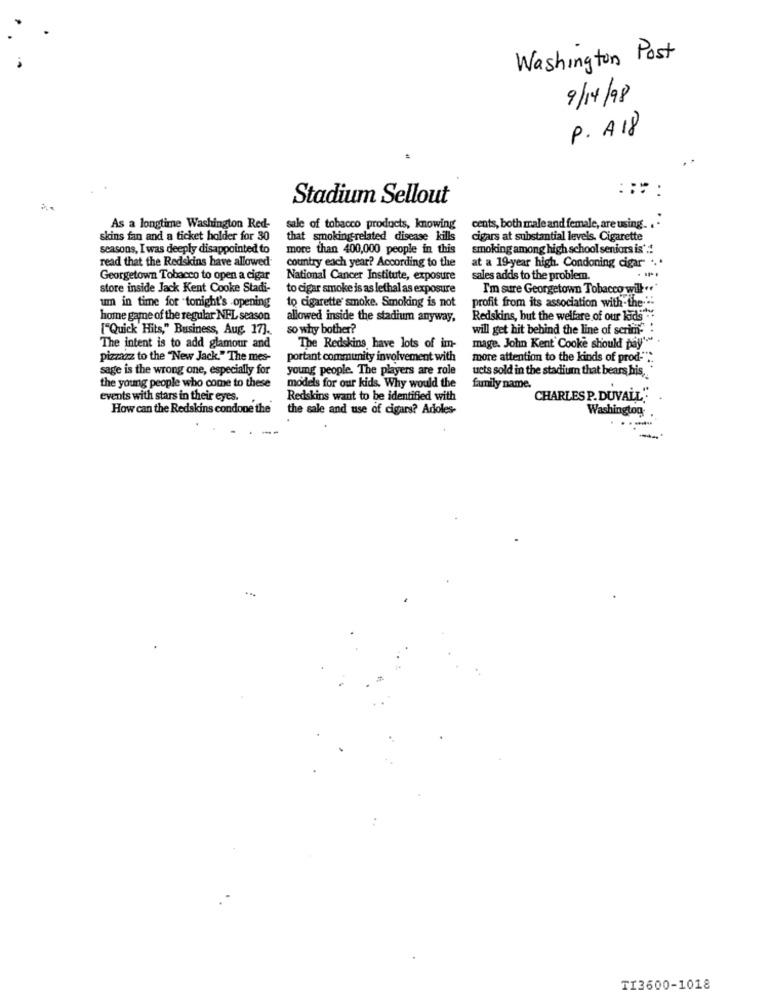
Washington Post
9/14/98
P. A18
Stadium Sellout
As a longtime Washington Red-
sale of tobacco products, knowing
cents, both male and female, are using. . .
skins fan and a ticket holder for 30
that smoking-related disease kills
cigars at substantial levels. Cigarette
seasons, I was deeply disappointed to
more than 400,000 people in this
smoking among high school seniors is':
read that the Redskins have allowed
country each year? According to the
at a 19-year high. Condoning cigar- ...
Georgetown Tobacco to open a cigar
National Cancer Institute, exposure
sales adds to the problem.
store inside Jack Kent Cooke Stadi-
to cigar smoke is as lethal as exposure
I'm sure Georgetown Tobacco will.
um in time for tonight's .opening
to cigarette smoke. Smoking is not
profit from its association with-the-"-
home game of the regular NFL season
allowed inside the stadium anyway,
Redskins, but the welfare of our kids"
["Quick Hits," Business, Aug. 17].
so why bother?
will get hit behind the line of scriin
mage. John Kent Cooke should pay'
The intent is to add glamour and
The Redskins have lots of im-
pizzazz to the "New Jack." The mes-
portant community involvement with
more attention to the kinds of prod-" ..
sage is the wrong one, especially for
young people. The players are role
ucts sold in the stadium that bears his ,*
the young people who come to these
models for our kids. Why would the
family name.
events with stars in their eyes.
Redskins want to be identified with
CHARLES P.DUVALL""
How can the Redskins condone the
the sale and use of cigars? Adoles-
Washington
--
TI3600-1018